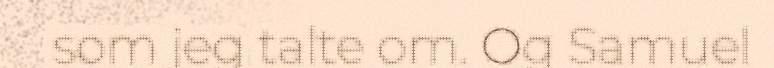
som jeg talte om. Og Samuel